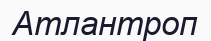
Атлантроп